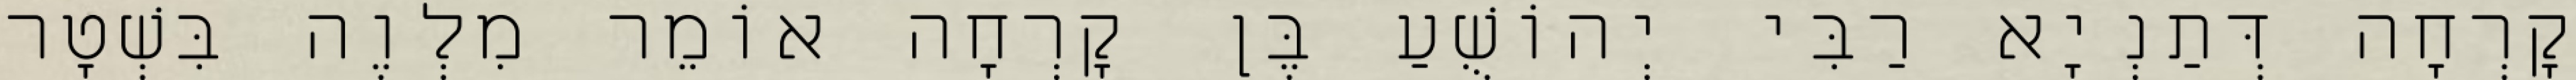
קׇרְחָה דְּתַנְיָא רַבִּי יְהוֹשֻׁעַ בֶּן קׇרְחָה אוֹמֵר מִלְוֶה בִּשְׁטָר